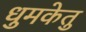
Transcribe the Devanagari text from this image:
धुमकेतु